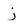
Character: j